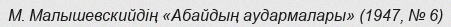
М. Малышевскийдің «Абайдың аудармалары» (1947, № 6)